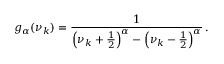
g _ { \alpha } ( \nu _ { k } ) = \frac { 1 } { \left( \nu _ { k } + \frac { 1 } { 2 } \right) ^ { \alpha } - \left( \nu _ { k } - \frac { 1 } { 2 } \right) ^ { \alpha } } \, .